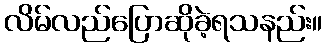
လိမ်လည်ပြောဆိုခဲ့ရသနည်း။